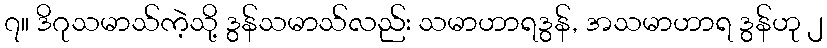
၇။ ဒိဂုသမာသ်ကဲ့သို့ ဒွန်သမာသ်လည်း သမာဟာရဒွန်, အသမာဟာရ ဒွန်ဟု ၂